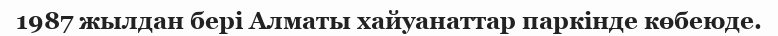
1987 жылдан бері Алматы хайуанаттар паркінде көбеюде.